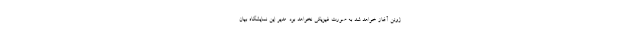
ژوئن آغاز خواهد شد به صورت فیزیکی نخواهد بود. مدیر این نمایشگاه بیان